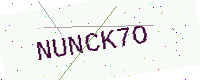
Text: NUNCK7O